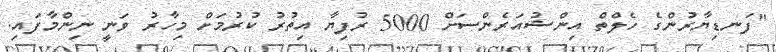
"ފަނޑިޔާރުންގެ ހެލްތް އިންޝުއަރެންސަށް 5000 ރުފިޔާ އިތުރު ކުރުމަށް މިހާރު ވަނީ ނިންމާފައި.